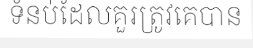
ទំនប់ដែលគួរត្រូវគេបាន